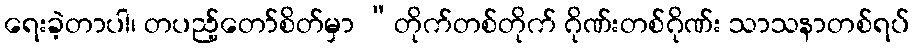
ရေးခဲ့တာပါ၊ တပည့်တော်စိတ်မှာ “တိုက်တစ်တိုက် ဂိုဏ်းတစ်ဂိုဏ်း သာသနာတစ်ရပ်